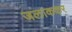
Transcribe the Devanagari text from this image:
जलाककर